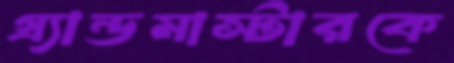
গ্র্যান্ডমাস্টারকে